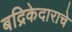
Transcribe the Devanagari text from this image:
बद्रिकेदाराचे